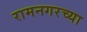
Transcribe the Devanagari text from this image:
रामनगरच्या